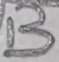
Text: B